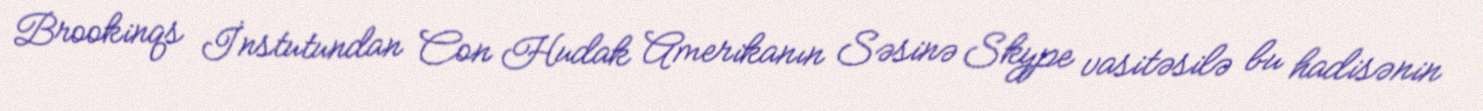
Brookinqs İnstutundan Con Hudak Amerikanın Səsinə Skype vasitəsilə bu hadisənin